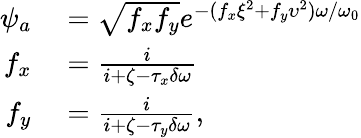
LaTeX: \begin{array}{rl}{\psi_{a}}&{{}=\sqrt{f_{x}f_{y}}e^{-(f_{x}\xi^{2}+f_{y}\upsilon^{2})\omega/\omega_{0}}}\\ {f_{x}}&{{}=\frac{i}{i+\zeta-\tau_{x}\delta\omega}}\\ {f_{y}}&{{}=\frac{i}{i+\zeta-\tau_{y}\delta\omega},}\end{array}